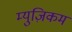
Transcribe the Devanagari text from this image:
म्युज़िकम